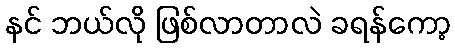
နင် ဘယ်လို ဖြစ်လာတာလဲ ခရန်ကော့